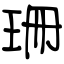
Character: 珊